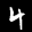
Label: 4